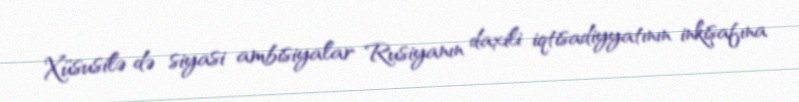
Xüsusilə də siyasi ambisiyalar Rusiyanın daxili iqtisadiyyatının inkişafına